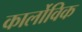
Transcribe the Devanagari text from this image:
कार्लोविक